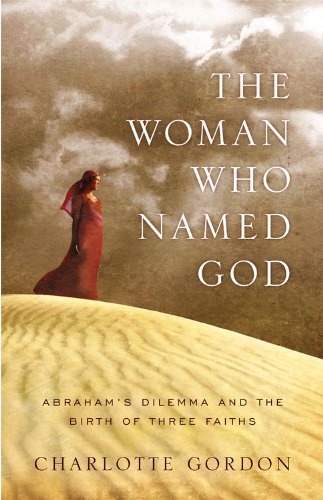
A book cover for The Woman Who Named God: Abraham's Dilemma and the Birth of Three Faiths; Charlotte Gordon; Christian Books & Bibles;